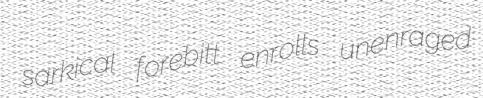
sarkical forebitt enrolls unenraged